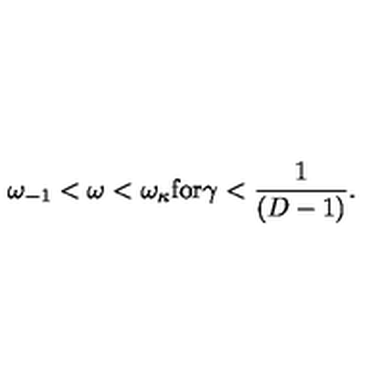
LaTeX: \omega _ { - 1 } < \omega < \omega _ { \kappa } \mathrm { f o r } \gamma < \frac { 1 } { ( D - 1 ) } .